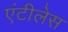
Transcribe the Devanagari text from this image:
एंटीलेस